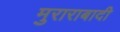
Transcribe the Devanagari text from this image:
मुराराबादी